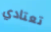
تعتادي